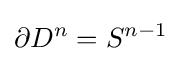
\partial D^{n}=S^{n-1}